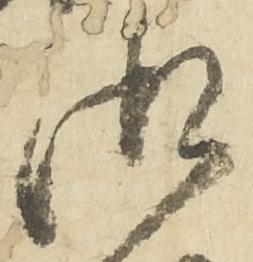
御